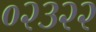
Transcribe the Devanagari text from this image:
०२३२२